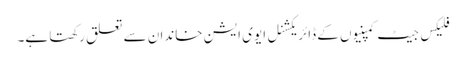
فلیکس جیٹ کمپنیوں کے ڈائریکشنل ایوی ایشن خاندان سے تعلق رکھتا ہے۔